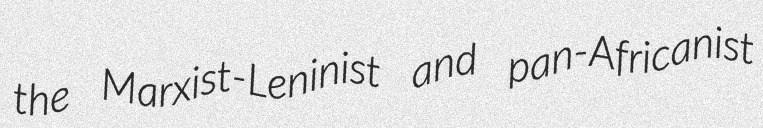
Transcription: the Marxist-Leninist and pan-Africanist